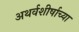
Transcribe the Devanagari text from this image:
अथर्वशीर्षाच्या